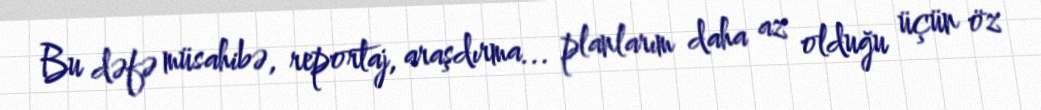
Bu dəfə müsahibə, reportaj, araşdırma... planlarım daha az olduğu üçün öz